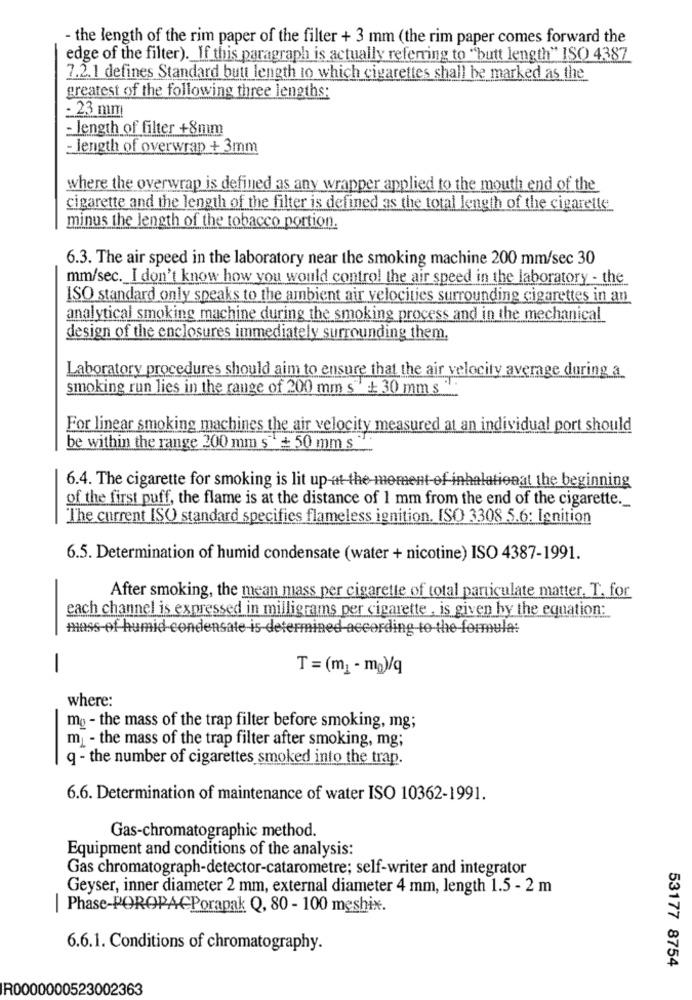
- the length of the rim paper of the filter + 3 mm (the rim paper comes forward the
edge of the filter). If this paragraph is actually referring to "butt length" ISO 4387
7.2.1 defines Standard butt length to which cigarettes shall be marked as the
greatest of the following three lengths:
- 23 mm
- length of filter +8mm
- length of overwrap + 3mm
where the overwrap is defined as any wrapper applied to the mouth end of the
cigarette and the length of the filter is defined as the total length of the cigarette
minus the length of the tobacco portion.
6.3. The air speed in the laboratory near the smoking machine 200 mm/sec 30
mm/sec. I don't know how you would control the air speed in the laboratory - the
ISO standard only speaks to the ambient air velocities surrounding cigarettes in an
analytical smoking machine during the smoking process and in the mechanical
design of the enclosures immediately surrounding them.
Laboratory procedures should aim to ensure that the air velocity average during a
smoking run lies in the range of 200 mm s"' + 30 mm s ":
For linear smoking machines the air velocity measured at an individual port should
be within the range 200 mm s' + 50 mm s ":
6.4. The cigarette for smoking is lit up-at the moment of inhalationat the beginning
of the first puff, the flame is at the distance of 1 mm from the end of the cigarette.
The current ISO standard specifies flameless ignition. ISO 3308 5.6: Ignition
6.5. Determination of humid condensate (water + nicotine) ISO 4387-1991.
After smoking, the mean mass per cigarette of total particulate matter, T. for
each channel is expressed in milligrams per cigarette , is given by the equation:
mass-of humid condensate is determined according to the formula:
-
T = (m] - mg)/q
where:
mg - the mass of the trap filter before smoking, mg;
m1 - the mass of the trap filter after smoking, mg;
q - the number of cigarettes smoked into the trap.
6.6. Determination of maintenance of water ISO 10362-1991.
Gas-chromatographic method.
Equipment and conditions of the analysis:
Gas chromatograph-detector-catarometre; self-writer and integrator
Geyser, inner diameter 2 mm, external diameter 4 mm, length 1.5 - 2 m
| Phase-POROPACPorapak Q, 80 - 100 meshix.
6.6.1. Conditions of chromatography.
53177 8754
R0000000523002363